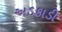
અડકાડી